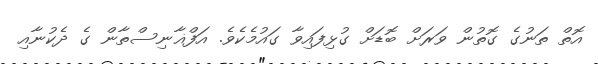
އޮތް ތަނުގެ ގޮތުން ވަރަށް ބޮޑަށް ގުޅިފައިވާ ގައުމެކެވެ. އަފްޣާނިސްތާން ގެ ދެކުނާއި